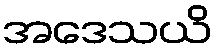
အဒေသယိ